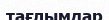
тағлымдар